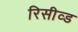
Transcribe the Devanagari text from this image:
रिसीव्ड